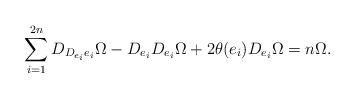
LaTeX: \begin{align*}\sum_{i=1}^{2n}D_{D_{e_i}e_i}\Omega - D_{e_i}D_{e_i}\Omega + 2\theta(e_i)D_{e_i}\Omega = n\Omega.\end{align*}